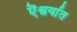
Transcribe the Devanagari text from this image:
ऎश्वर्यात